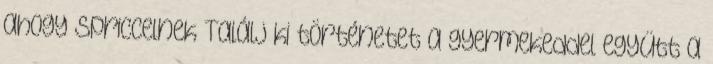
ahogy spriccelnek Találj ki történetet a gyermekeddel együtt a